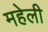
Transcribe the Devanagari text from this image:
महेली